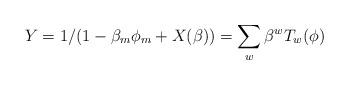
LaTeX: \begin{align*}Y = 1/(1-\beta_{m}\phi_{m} + X(\beta)) = \sum_{w} \beta^{w}T_{w}(\phi)\end{align*}